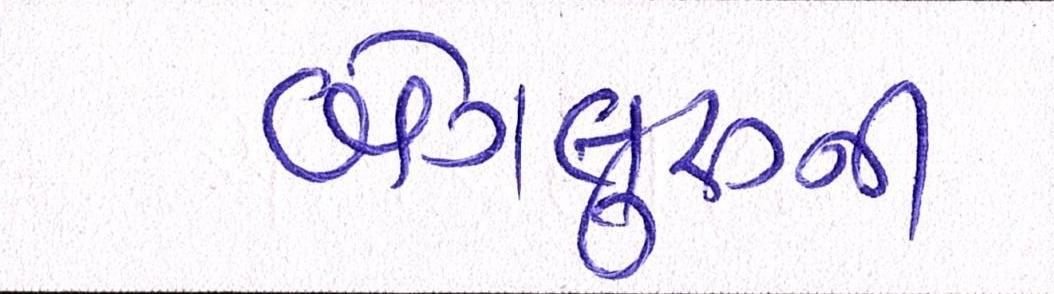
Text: બેંગલુરૂની